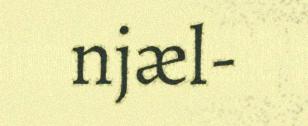
njæl-